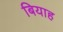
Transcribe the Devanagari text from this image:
बियाह